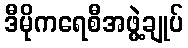
ဒီမိုကရေစီအဖွဲ့ချုပ်